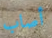
أصاب